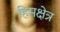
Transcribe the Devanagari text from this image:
हिमक्षेत्र